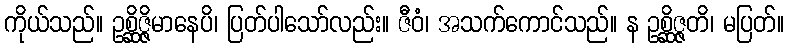
ကိုယ်သည်။ ဥစ္ဆိဇ္ဇိမာနေပိ၊ ပြတ်ပါသော်လည်း။ ဇီဝံ၊ အသက်ကောင်သည်။ န ဥစ္ဆိဇ္ဇတိ၊ မပြတ်။